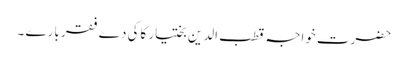
حضرت خواجہ قطب الدین بختیار کاکی دے فقر بارے ۔